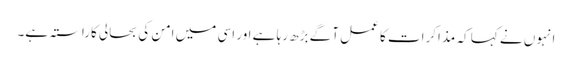
انہوں نے کہا کہ مذاکرات کا عمل آگے بڑھ رہا ہے اور اسی میں امن کی بحالی کاراستہ ہے۔